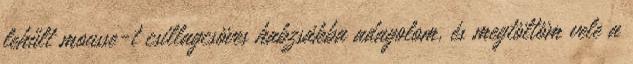
lehűlt mousse-t csillagcsöves habzsákba adagolom, és megtöltöm vele a